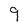
Character: 9